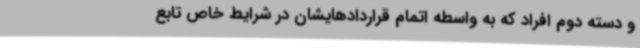
و دسته دوم افراد که به واسطه اتمام قراردادهایشان در شرایط خاص تابع